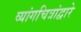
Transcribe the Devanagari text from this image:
व्यांगचित्रांद्वारे